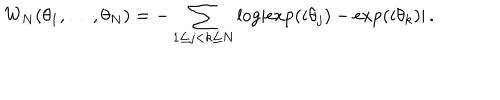
LaTeX: W _ { N } ( \theta _ { 1 } , \ldots , \theta _ { N } ) = - \sum _ { 1 \leq j < k \leq N } \log \left\vert \exp ( i \theta _ { j } ) - \exp ( i \theta _ { k } ) \right\vert \, .